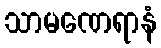
သာမဏေရာနံ